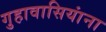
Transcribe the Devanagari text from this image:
गुहावासियांना